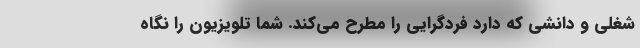
شغلی و دانشی که دارد فردگرایی را مطرح می‌کند. شما تلویزیون را نگاه